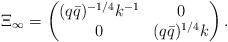
LaTeX: \begin{align*}\Xi_\infty = \begin{pmatrix} (q\bar q)^{-1/4}k^{-1} & 0 \\ 0 & (q\bar q)^{1/4}k \end{pmatrix}.\end{align*}